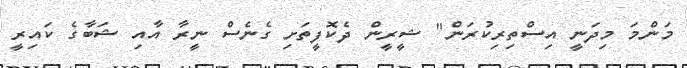
މަންމަ މިދަނީ އިސްތިރިކުރަން" ޝީރީން ދެކޮފީތަށި ގެނެސް ނީރާ އާއި ޝަބާގެ ކައިރީ